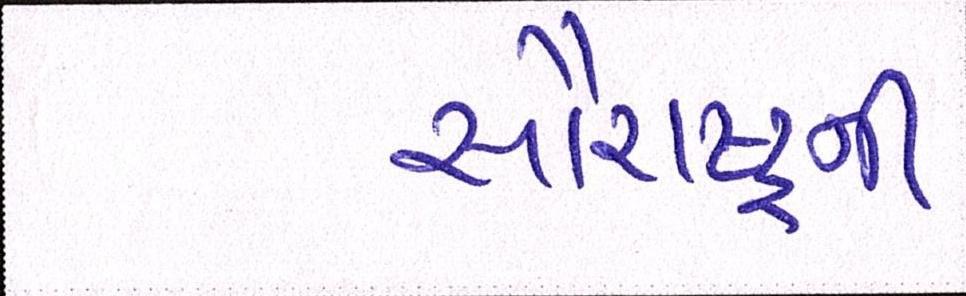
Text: સૌરાષ્ટ્રની